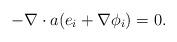
LaTeX: \begin{align*}-\nabla\cdot a(e_i+\nabla\phi_i)=0.\end{align*}